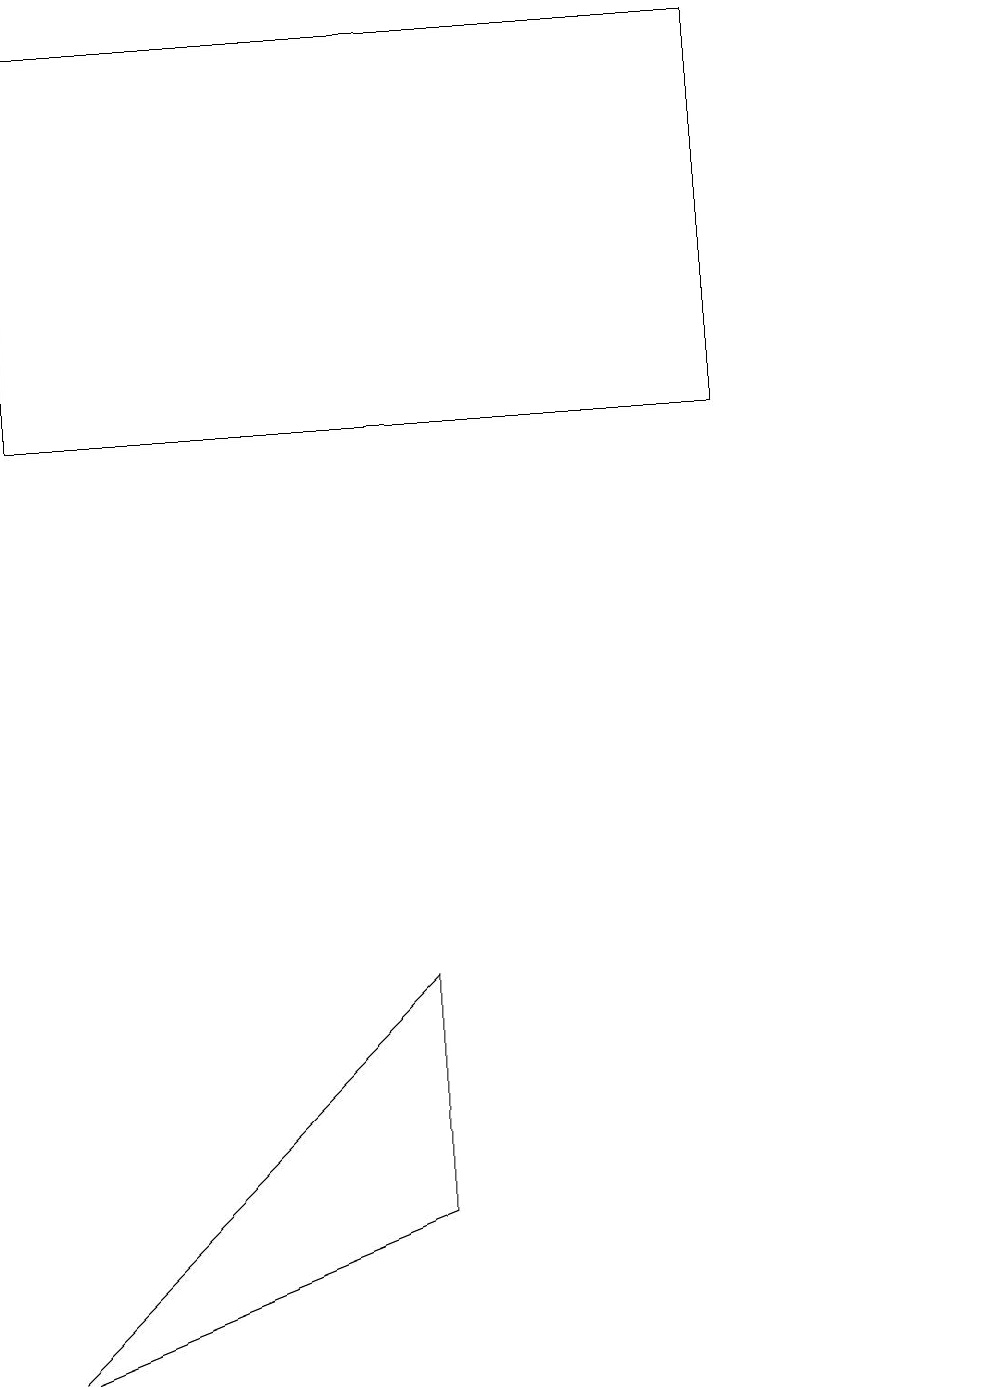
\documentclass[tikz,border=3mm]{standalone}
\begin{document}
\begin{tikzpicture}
\draw (12,10) circle (0);
\draw (0,2) -- (5,7) -- (5,4) -- cycle;
\draw (9,19) rectangle (0,14);
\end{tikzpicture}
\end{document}